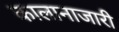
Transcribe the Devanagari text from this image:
कालानाजारी